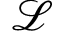
\mathcal { L }